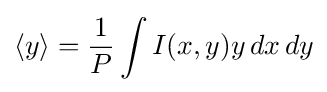
\langle y\rangle ={\frac {1}{P}}\int I(x,y)y\,dx\,dy